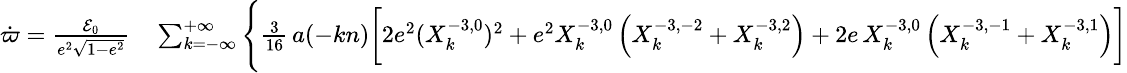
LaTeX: \small\begin{array}{rl}{\dot{\varpi}=\frac{{\cal E}_{0}}{e^{2}\sqrt{1-e^{2}}}}&{{}\sum_{k=-\infty}^{+\infty}\Bigg\{ \frac{3}{16}\, a(-kn)\bigg[2e^{2}(X_{k}^{-3,0})^{2}+e^{2}X_{k}^{-3,0}\left(X_{k}^{-3,-2}+X_{k}^{-3,2}\right)+2e\, X_{k}^{-3,0}\left(X_{k}^{-3,-1}+X_{k}^{-3,1}\right)\bigg]}\end{array}